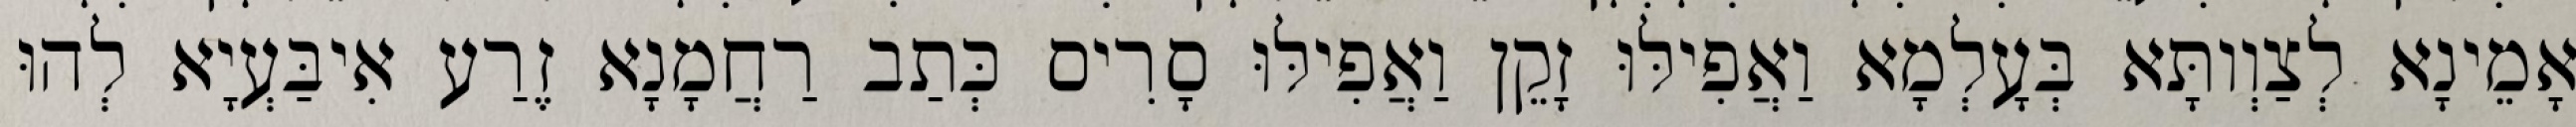
אָמֵינָא לְצַוְותָּא בְּעָלְמָא וַאֲפִילּוּ זָקֵן וַאֲפִילּוּ סָרִיס כְּתַב רַחֲמָנָא זֶרַע אִיבַּעְיָא לְהוּ